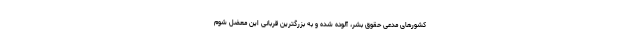
کشورهای مدعی حقوق بشر، آلوده شده و به بزرگترین قربانی این معضل شوم